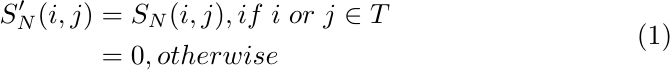
\begin{equation} \label{eq}
\begin{split}
    S_N'(i,j) &= S_N(i,j), if \hspace{1mm}i \hspace{1mm} or \hspace{1mm}j \in T\\
    &= 0, otherwise
\end{split}
\end{equation}